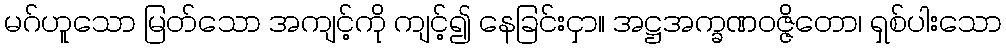
မဂ်ဟူသော မြတ်သော အကျင့်ကို ကျင့်၍ နေခြင်းငှာ။ အဋ္ဌအက္ခဏဝဇ္ဇိတော၊ ရှစ်ပါးသော